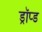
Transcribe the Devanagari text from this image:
ड्रॉप्ड